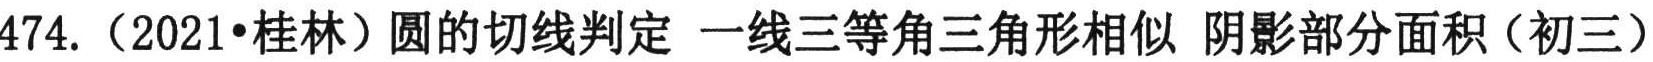
474.（2021•桂林）圆的切线判定 一线三等角三角形相似 阴影部分面积（初三）